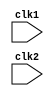
module Pipe_MIPS32(
    input clk1,
    input clk2
);
reg [31:0] PC,IF_ID_IR,IF_ID_NPC;
reg[31:0] ID_EX_IR,ID_EX_NPC,ID_EX_A,ID_EX_B,ID_EX_IMM;
reg [2:0] ID_EX_Type,EX_MEM_type,MEM_WB_type;
reg [31:0] EX_MEM_IR,EX_MEM_ALUOut,EX_MEM_B;
reg EX_MEM_Cond;
reg[31:0] MEM_WB_IR,MEM_WB_LMD,MEM_WB_ALUOut;
reg [31:0] Reg[0:31];
reg[31:0] Mem[0:1023];
parameter ADD =6'd0,
          SUB=6'd1,
          AND=6'd2,
          OR=6'd3,
          SLT=6'd4,
          MUL=6'd5,
          HLT=6'b111111,
          LW=6'd8,
          SW=6'd9,
          ADDI=6'd10,
          SUBI=6'd11,
          SLTI=6'd12,
          BNEQZ=6'd13,
          BEQZ=6'd14;
parameter RR_ALU=3'd0,
          RM_ALU=3'd1,
          LOAD=3'd2,
          STORE=3'd3,
          BRANCH=3'd4,
          HALT=3'd5;
reg HALTED;
reg TAKEN_BRANCH;
//IF STAGE
always @(posedge clk1) begin
 if(HALTED==0)
 begin
   if(((EX_MEM_IR[31:26]==BEQZ) && (EX_MEM_Cond==1))||
   ((EX_MEM_IR[31:26]==BNEQZ)&&(EX_MEM_Cond==0)))
   begin
     IF_ID_IR<=#2 Mem[EX_MEM_ALUOut];
     TAKEN_BRANCH<=#2 1'b1;
     IF_ID_NPC<=#2 EX_MEM_ALUOut+1;
     PC<=#2 MEM_WB_ALUOut+1;
   end
   else 
   begin
     IF_ID_IR<= #2 Mem[PC];
     IF_ID_NPC<=#2 PC+1;
     PC<=#2 PC+1;
   end
 end   
end

// ID Stage

always @(posedge clk2) begin
    if(HALTED==0)
    begin
      if(IF_ID_IR[25:21]==5'd0) ID_EX_A<=0;
      else ID_EX_A<=#2 Reg[IF_ID_IR[25:21]]; //rs
      if(IF_ID_IR[20:16]==5'd0)ID_EX_B<=0;
      else ID_EX_B<=#2 Reg[IF_ID_IR[20:16]];//rt
      ID_EX_NPC<=#2 IF_ID_NPC;
      ID_EX_IR<=#2 IF_ID_IR;
      ID_EX_IMM<=#2 {{16{IF_ID_IR[15]}},{IF_ID_IR[15:0]}};
      case (IF_ID_IR[31:26])
        ADD,SUB,AND,OR,SLT,MUL:ID_EX_Type<=#2 RR_ALU;
        ADDI,SUBI,SLTI:ID_EX_Type<=#2 RM_ALU;
        LW: ID_EX_Type<=#2 LOAD;
        SW:ID_EX_Type<=#2 STORE;
        BNEQZ,BEQZ:ID_EX_Type<=#2 BRANCH;
        HLT:ID_EX_Type<=#2 HALT;
        default: ID_EX_Type<=#2 HALT;
      endcase
    end
end

//EX Stage
always @(posedge clk1) // EX Stage 
 if (HALTED == 0) 
 begin 
 EX_MEM_type <= #2 ID_EX_Type; 
 EX_MEM_IR <= #2 ID_EX_IR; 
 TAKEN_BRANCH <= #2 0; 
 case (ID_EX_Type) 
 RR_ALU: begin 
 case (ID_EX_IR[31:26]) // "opcode" 
 ADD: EX_MEM_ALUOut <= #2 ID_EX_A + ID_EX_B; 
 SUB: EX_MEM_ALUOut <= #2 ID_EX_A - ID_EX_B; 
 AND: EX_MEM_ALUOut <= #2 ID_EX_A & ID_EX_B; 
 OR: EX_MEM_ALUOut <= #2 ID_EX_A | ID_EX_B; 
 SLT: EX_MEM_ALUOut <= #2 ID_EX_A < ID_EX_B; 
 MUL: EX_MEM_ALUOut <= #2 ID_EX_A * ID_EX_B; 
 default: EX_MEM_ALUOut <= #2 32'hxxxxxxxx; 
 endcase
 end
 RM_ALU: begin 
 case (ID_EX_IR[31:26]) // "opcode" 
 ADDI: EX_MEM_ALUOut <= #2 ID_EX_A + ID_EX_IMM; 
 SUBI: EX_MEM_ALUOut <= #2 ID_EX_A - ID_EX_IMM; 
 SLTI: EX_MEM_ALUOut <= #2 ID_EX_A < ID_EX_IMM; 
 default: EX_MEM_ALUOut <= #2 32'hxxxxxxxx; 
 endcase
 end
 LOAD, STORE: 
 begin 
 EX_MEM_ALUOut <= #2 ID_EX_A + ID_EX_IMM; 
 EX_MEM_B <= #2 ID_EX_B; 
 end
 BRANCH: begin 
 EX_MEM_ALUOut <= #2 ID_EX_NPC + ID_EX_IMM; 
EX_MEM_Cond <= #2 (ID_EX_A == 0); 
 end 
 endcase
 end
 //MEM Stage
 always @(posedge clk2) // MEM Stage 
 if (HALTED == 0) 
 begin 
 MEM_WB_type <= EX_MEM_type; 
 MEM_WB_IR <= #2 EX_MEM_IR; 
 case (EX_MEM_type) 
 RR_ALU, RM_ALU: 
 MEM_WB_ALUOut <= #2 EX_MEM_ALUOut; 
 LOAD: MEM_WB_LMD <= #2 Mem[EX_MEM_ALUOut]; 
 STORE: if (TAKEN_BRANCH == 0) // Disable write 
 Mem[EX_MEM_ALUOut] <= #2 EX_MEM_B; 
 endcase
 end

//WB stage
 always @(posedge clk1) // WB Stage 
 begin 
 if (TAKEN_BRANCH == 0) // Disable write if branch taken 
 case (MEM_WB_type) 
 RR_ALU: Reg[MEM_WB_IR[15:11]] <= #2 MEM_WB_ALUOut; // "rd" 
 RM_ALU: Reg[MEM_WB_IR[20:16]] <= #2 MEM_WB_ALUOut; // "rt" 
 LOAD: Reg[MEM_WB_IR[20:16]] <= #2 MEM_WB_LMD; // "rt" 
 HALT: HALTED <= #2 1'b1; 
 endcase
 end 




endmodule